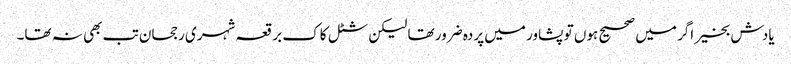
یادش بخیر اگر میں صحیح ہوں تو پشاور میں پردہ ضرور تھا لیکن شٹل کاک برقعہ شہری رجحان تب بھی نہ تھا۔